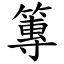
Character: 篿